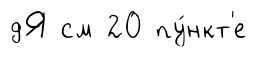
дЯ см 20 пу́нкт'е